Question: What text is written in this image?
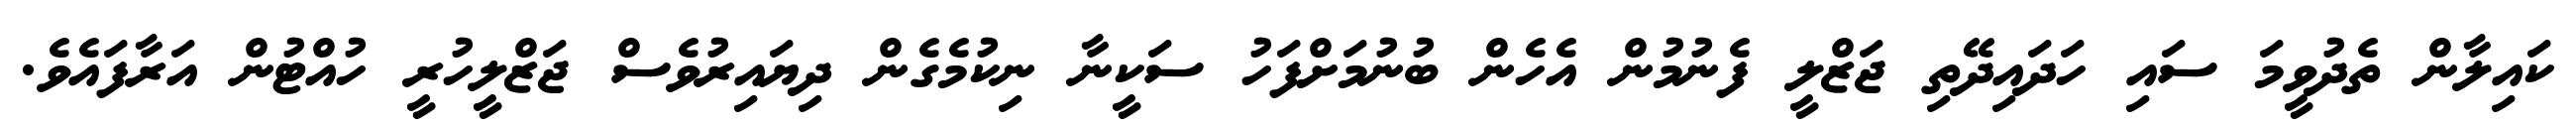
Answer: ކައިލާން ތެދުވީމަ ސައި ހަދައިދޭތި ޖަޒްލީ ފެނުމުން އެހެން ބުނުމަށްފަހު ސަކީނާ ނިކުމެގެން ދިޔައިރުވެސް ޖަޒްލީހުރީ ހުއްޓުން އަރާފައެވެ.